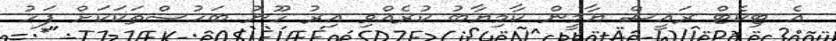
އެ ޓިކެޓް ރައީސް ޔާމީން ކާމިޔާބު ކުރެއްވި އިރު ހޫނު ބަހުސްތަކަކަށް ފަހު